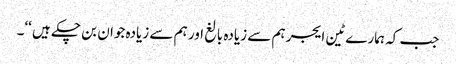
جب کہ ہمارے ٹین ایجر ہم سے زیادہ بالغ اور ہم سے زیادہ جوان بن چکے ہیں ‘‘۔